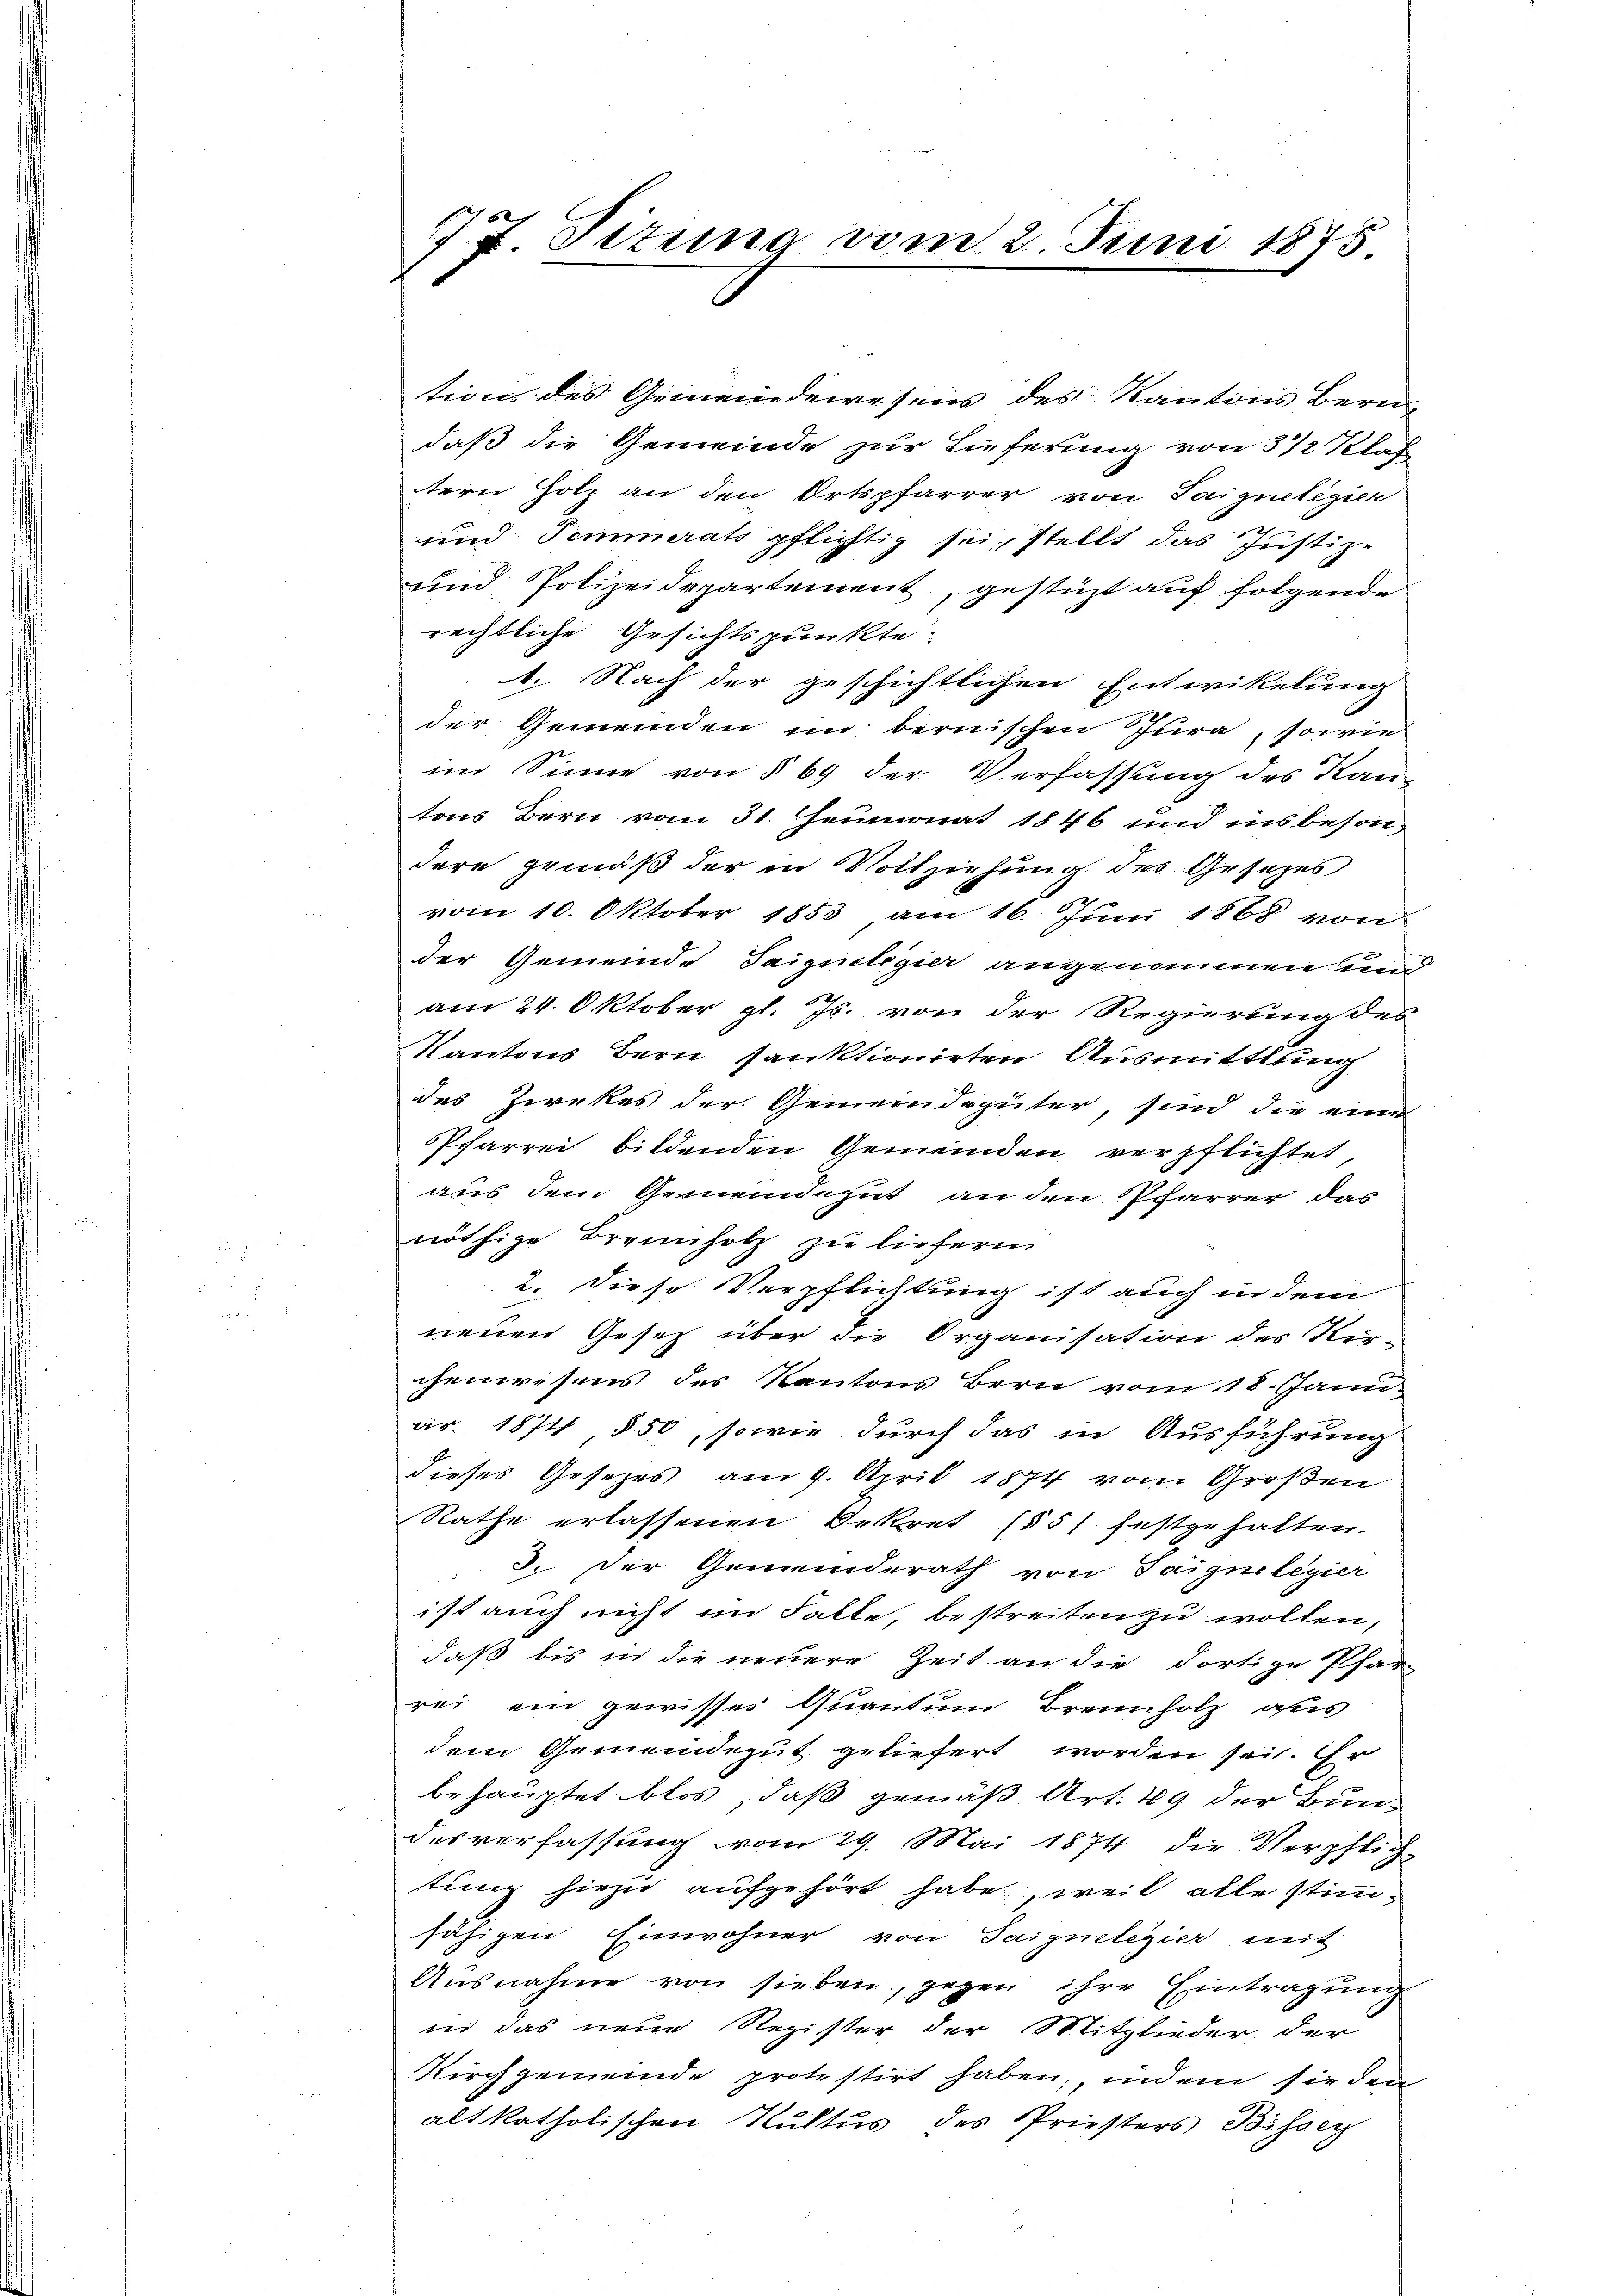
177 Sizung vom 2. Juni 1875

tion des Gemeindewesens des Kantons Bern,
daß die Gemeinde zur Lieferung von 3 1/2 Klaf
tern Holz an den Ortspfarrer von Taignetegier
2
und Temmerats pflichtig sei, stellt das Justize
und Polizeidepartement, gestüzt auf folgende
rechtliche Gesichtspunkte:
1. Nach der geschichtlichen Entwikelung
der Gemeinden im bernischen Jura, sowie
im Sinne von § 69 der Verfassung des Kan-
tons Bern vom 31. Heumonat 1846 und insbesondere gemäß der in Vollziehung des Gesezes
vom 10. Oktober 1853 am 16. Juni 1868 von
der Gemeinde Saiguilegier angenommen ein
am 24. Oktober gl. Js. von der Regierung des
Kantons Bern sanktionirten Ausmittlung
des Zirkes der Gemeindegüter, sind die eine
Pcharrei bildenden Gemeinden verpflichtet
aus dem Gemeindegut an den Pfarrer das
nöthige Brennholz zu liefern
2. Diese Verpflichtung ist auch in dem
neuen Gesetz über die Organisation des Ver-
chenwesens des Kantons Bern vom 18. Janu
ar. 1874 § 50, sowie durch das in Ausführung
dieses Gesezes am 9. April 1874 vom Großen
Rathe erlassenen Dekret (§51. festgehalten.
3. Der Gemeinderath von Teigne legier
ist auch nicht im Falle, bestreiten zu wollen,
daß bis in die neuere Zeit an die dortige Pfar
rei ein gewisses Quantum Brennholz des
dem Gemeindegut geliefert worden sei. Er
behauptet blos, daß gemäß Art. 49 der Bundesverfassung vom 29. Mai 1874 die Verpflich-
tung hiezu aufgehört habe, weil alle stimmfähigen Einwohner von Saignelegier mit
Ausnahme von sieben, gegen ihre Eintragung
in das neue Register der Mitglieder der
Kirchgemeinde protestirt haben, indem sie den
alt katholischen Kultus des Priesters Bisser